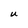
Character: U